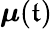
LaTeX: \boldsymbol{\mu}(\mathfrak{t})